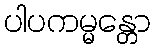
ပါပကမ္မန္တော